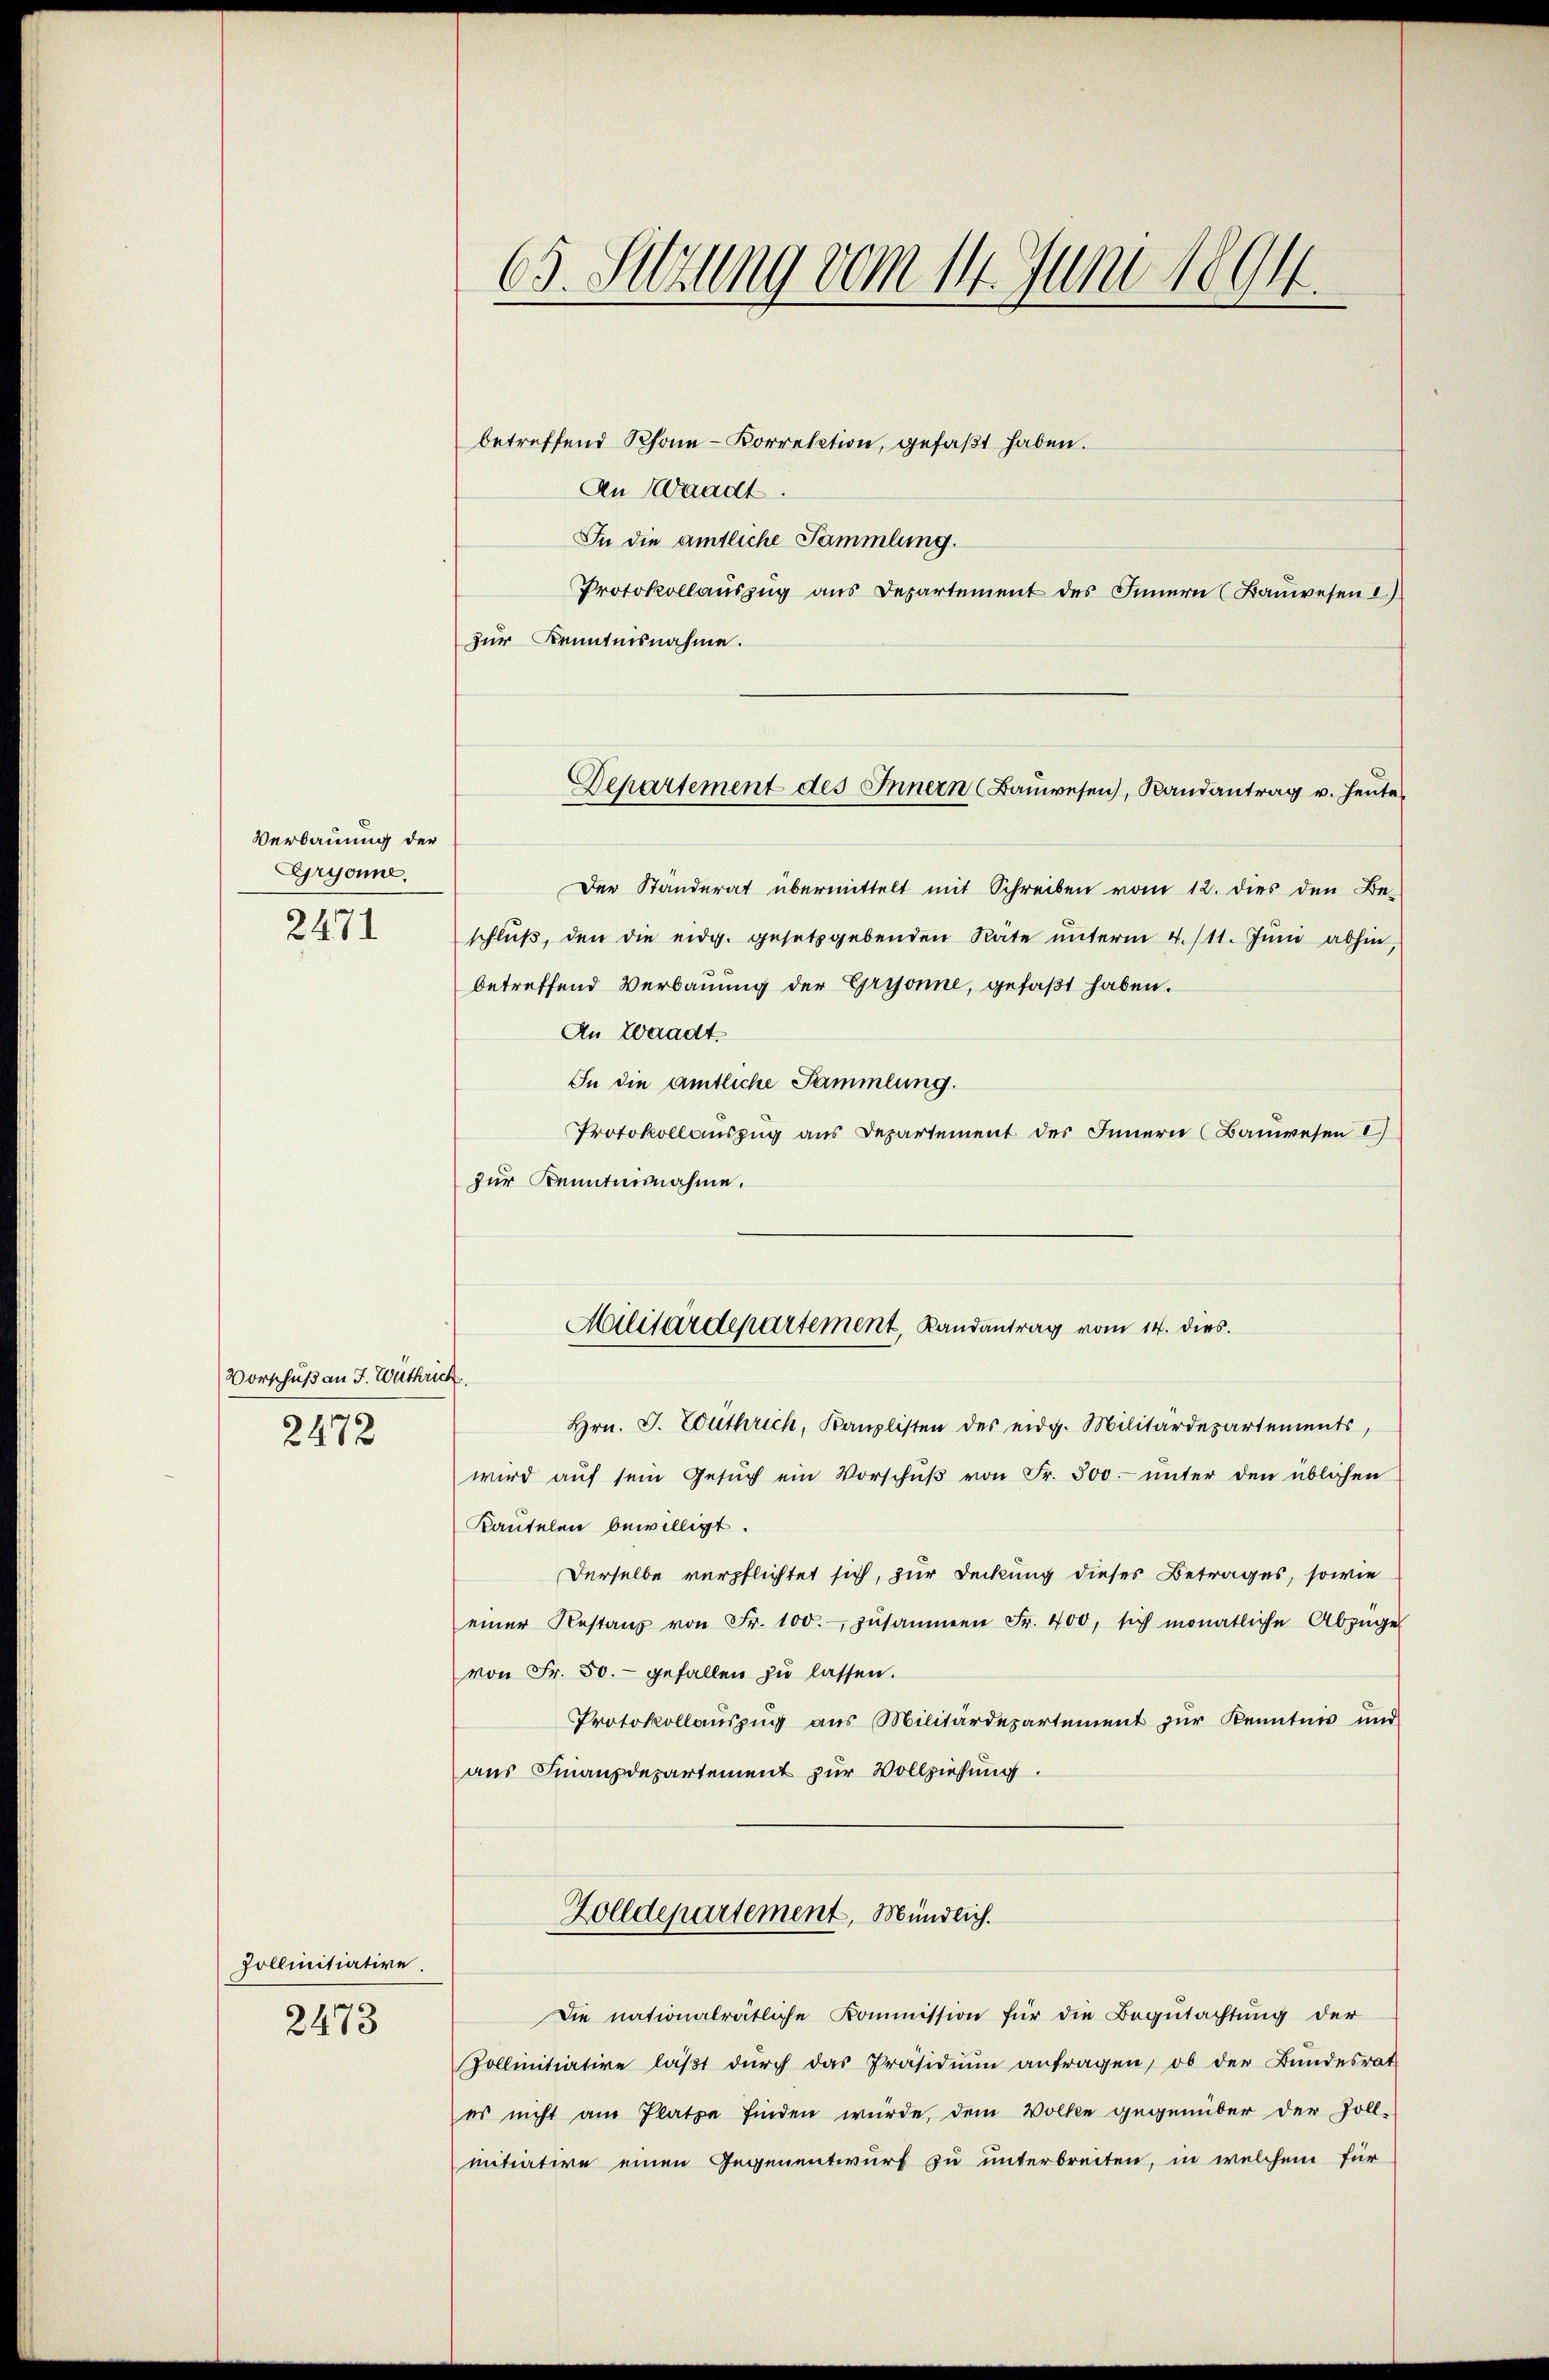
Verbauung der
Gryonne.
2471

Vorschuß an J. Wuthrich
2472

Pollinitiative.
2473

65. Setzung vom 14. Juni 1894.

betreffend Rhone-Korrektion, gefaßt haben.
An Waadt.
In die amtliche Sammlung.
Protokollaŭszŭg ans Departement des Innern (Baŭwesen 1)
zur Kenntnisnahme.
Der Ständerat übermittelt mit Schreiben vom 12. dies den Be-
schlŭβ, den die eidg. gesetzgebenden Räte ŭnterm 4. 111. Jŭni abhin,
betreffend Verbauung der Grysonne, gefaßt haben.
An Waadt.
In die amtliche Sammlung.
Protokollauszug aus Departement des Innern (Bauwesen I
zur Kenntnisnahme.
Militärdepartement, Landantrag vom 14. dies.
Hrn. J. Euthrich, Kanzlisten des eidg. Militärdepartements,
wird aŭf sein Gesŭch ein Vorschŭβ von Fr. 500.- ŭnter den üblichen
Kautelen bewilligt.
Derselbe verpflichtet sich, zur Deckung dieses Betrages, sowie
einer Restanz von Fr. 100.- zŭsammen Fr. 400, sich monatliche Abzügel
von Fr. 50.- gefallen zu lassen.
Protokollauszug aus Militärdepartement zur Kenntnis und
aus Finanzdepartement zur Vollziehung.
Zolldepartement, Mündlich.
Die nationalrätliche Kommission für die Begŭtachtŭng der
Pollinitiative läβt dŭrch das Präsidiŭm anfragen, ob der Bŭndesrat
es nicht am Platze finden würde, dem Volke gegenüber der Zoll-
mitiative einen Gegenentwurf zu unterbreiten, in welchem für

Departement des Innern Baŭwesen, Randantrag v. Heute